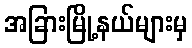
အခြားမြို့နယ်များမှ